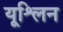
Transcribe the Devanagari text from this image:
यूश्लिन